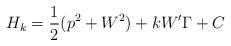
LaTeX: \begin{align*}H_k=\frac{1}{2}(p^2+W^2)+kW'\Gamma+C\end{align*}